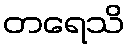
တရေသိ